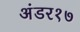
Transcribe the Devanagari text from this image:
अंडर१७